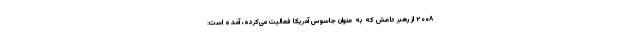
۲۰۰۸ از رهبر داعش که به عنوان جاسوس آمریکا فعالیت می‌کرده، آمده است: